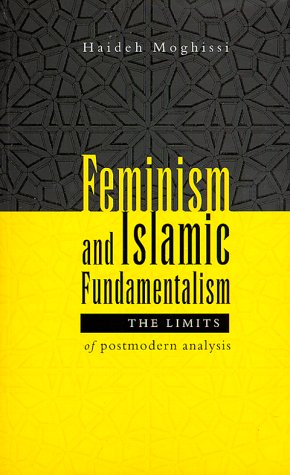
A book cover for Feminism and Islamic Fundamentalism: The Limits of Postmodern Analysis; Haideh Moghissi; Religion & Spirituality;